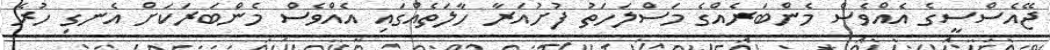
ޖޭއެސްސީގެ އެއްވެސް މެންބަރެއްގެ މަސްލަހަތު ފުށުއަރާ ހާލަތެއްގައި އެއްވެސް މެންބަރަކަށް އެނގި ހުރެ